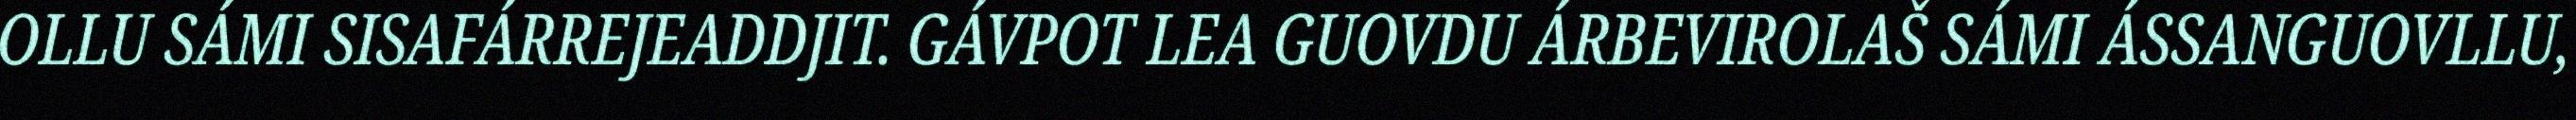
OLLU SÁMI SISAFÁRREJEADDJIT. GÁVPOT LEA GUOVDU ÁRBEVIROLAŠ SÁMI ÁSSANGUOVLLU,